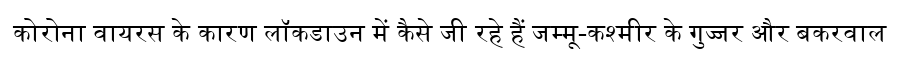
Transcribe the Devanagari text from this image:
कोरोना वायरस के कारण लॉकडाउन में कैसे जी रहे हैं जम्मू-कश्मीर के गुज्जर और बकरवाल